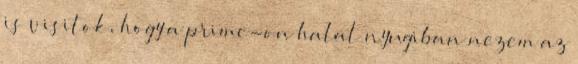
is visitok, hogy a prime-on halal nyugiban nezem az